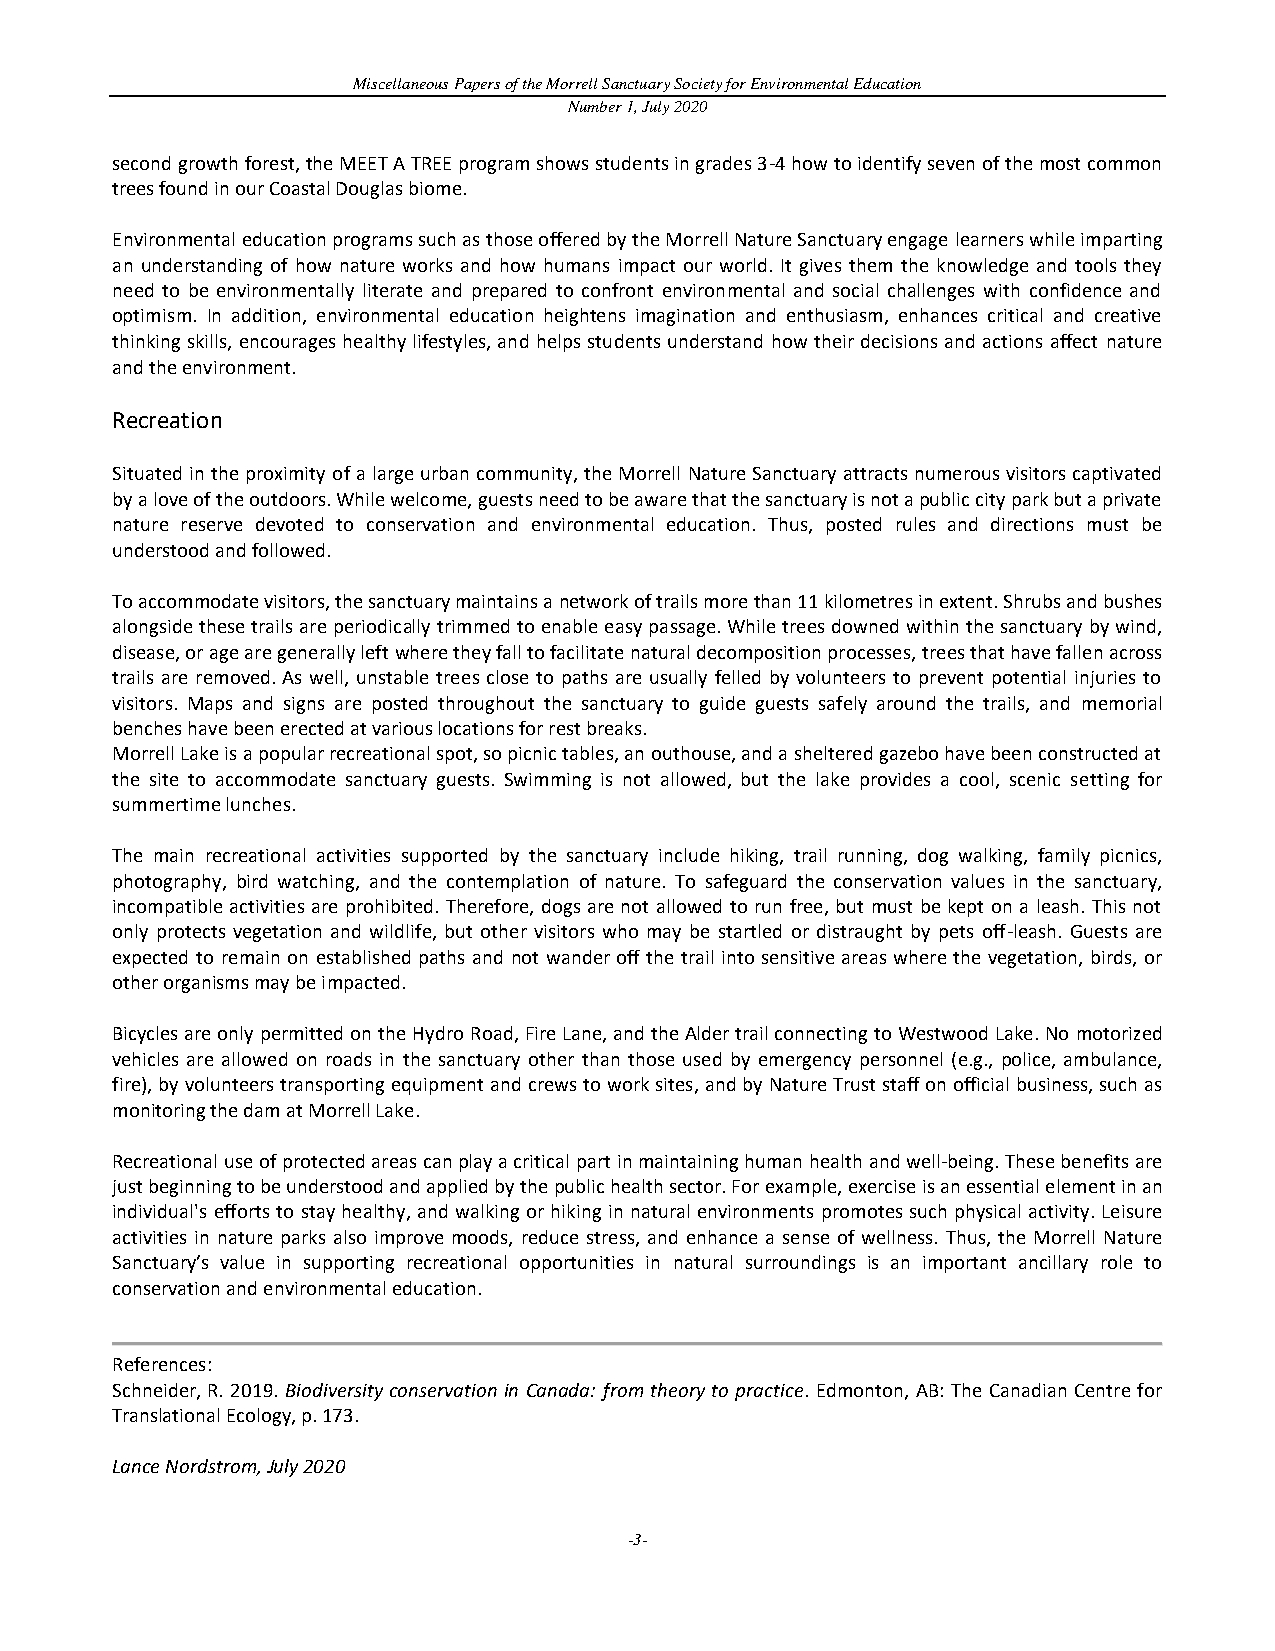
Miscellaneous Papers of the Morrell Sanctuary Society for Environmental Education
 Number 1, July 2020
 second growth forest, the MEET A TREE program shows students in grades 3-4 how to identify seven of the most common
 trees found in our Coastal Douglas biome.
 Environmental education programs such as those offered by the Morrell Nature Sanctuary engage learners while imparting
 an understanding of how nature works and how humans impact our world. It gives them the knowledge and tools they
 need to be environmentally literate and prepared to confront environmental and social challenges with confidence and
 optimism. In addition, environmental education heightens imagination and enthusiasm, enhances critical and creative
 thinking skills, encourages healthy lifestyles, and helps students understand how their decisions and actions affect nature
 and the environment.
 Recreation
 Situated in the proximity of a large urban community, the Morrell Nature Sanctuary attracts numerous visitors captivated
 by a love of the outdoors. While welcome, guests need to be aware that the sanctuary is not a public city park but a private
 nature reserve devoted to conservation and environmental education. Thus, posted rules and directions must be
 understood and followed.
 To accommodate visitors, the sanctuary maintains a network of trails more than 11 kilometres in extent. Shrubs and bushes
 alongside these trails are periodically trimmed to enable easy passage. While trees downed within the sanctuary by wind,
 disease, or age are generally left where they fall to facilitate natural decomposition processes, trees that have fallen across
 trails are removed. As well, unstable trees close to paths are usually felled by volunteers to prevent potential injuries to
 visitors. Maps and signs are posted throughout the sanctuary to guide guests safely around the trails, and memorial
 benches have been erected at various locations for rest breaks.
 Morrell Lake is a popular recreational spot, so picnic tables, an outhouse, and a sheltered gazebo have been constructed at
 the site to accommodate sanctuary guests. Swimming is not allowed, but the lake provides a cool, scenic setting for
 summertime lunches.
 The main recreational activities supported by the sanctuary include hiking, trail running, dog walking, family picnics,
 photography, bird watching, and the contemplation of nature. To safeguard the conservation values in the sanctuary,
 incompatible activities are prohibited. Therefore, dogs are not allowed to run free, but must be kept on a leash. This not
 only protects vegetation and wildlife, but other visitors who may be startled or distraught by pets off-leash. Guests are
 expected to remain on established paths and not wander off the trail into sensitive areas where the vegetation, birds, or
 other organisms may be impacted.
 Bicycles are only permitted on the Hydro Road, Fire Lane, and the Alder trail connecting to Westwood Lake. No motorized
 vehicles are allowed on roads in the sanctuary other than those used by emergency personnel (e.g., police, ambulance,
 fire), by volunteers transporting equipment and crews to work sites, and by Nature Trust staff on official business, such as
 monitoring the dam at Morrell Lake.
 Recreational use of protected areas can play a critical part in maintaining human health and well-being. These benefits are
 just beginning to be understood and applied by the public health sector. For example, exercise is an essential element in an
 individual's efforts to stay healthy, and walking or hiking in natural environments promotes such physical activity. Leisure
 activities in nature parks also improve moods, reduce stress, and enhance a sense of wellness. Thus, the Morrell Nature
 Sanctuary’s value in supporting recreational opportunities in natural surroundings is an important ancillary role to
 conservation and environmental education.
 References:
 Schneider, R. 2019. Biodiversity conservation in Canada: from theory to practice. Edmonton, AB: The Canadian Centre for
 Translational Ecology, p. 173.
 Lance Nordstrom, July 2020
 -3-